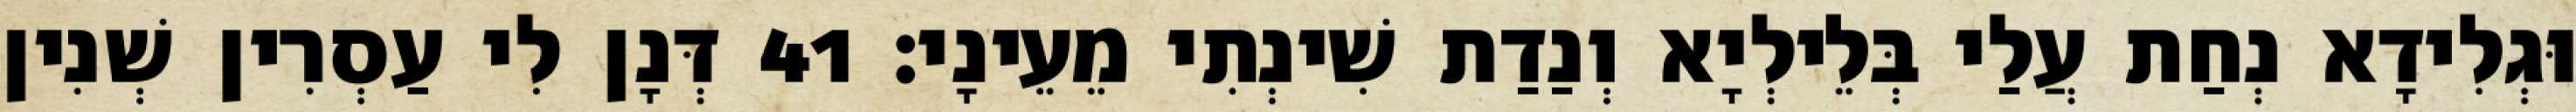
וּגְלִידָא נְחַת עֲלַי בְּלֵילְיָא וְנַדַת שִׁינְתִי מֵעֵינָי׃ 41 דְּנָן לִי עַסְרִין שְׁנִין